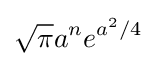
{\sqrt {\pi }}a^{n}e^{a^{2}/4}